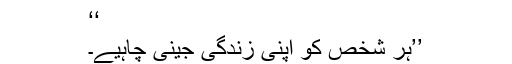
‘‘
’’ہر شخص کو اپنی زندگی جینی چاہیے۔